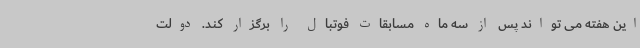
این هفته می تواند پس از سه ماه مسابقات فوتبال را برگزار کند. دولت